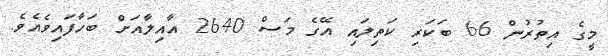
މީގެ އިތުރުން 66 ބަކަރި ކަތިލައި އޭގެ މަސް 2640 އާއިލާއަށް ބަހާފައިވެއެވެ.